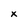
Character: x